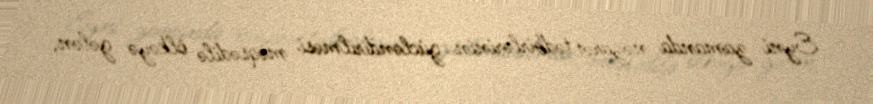
Eyni zamanda nəzarət tədbirlərinin gücləndirilməsi məqsədilə ölkəyə gələn,